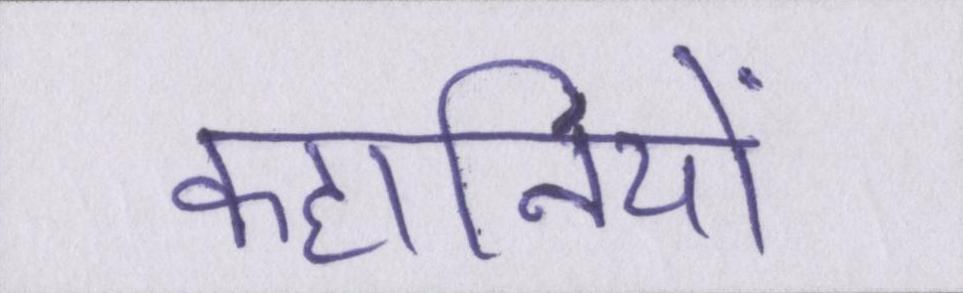
कहानियों